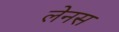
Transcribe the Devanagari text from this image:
लेनस